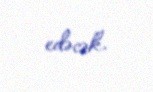
edəcək.